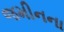
જમીનના